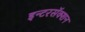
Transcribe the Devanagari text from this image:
इन्टरसॅक्शन